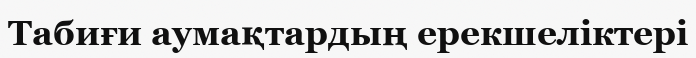
Табиғи аумақтардың ерекшеліктері